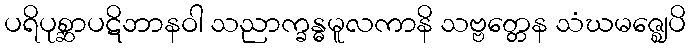
ပရိပုစ္ဆာပဋိဘာနဝါ သညာက္ခန္ဓမူလကာနိ သဗ္ဗတ္တေန သံဃမဇ္ဈေပိ